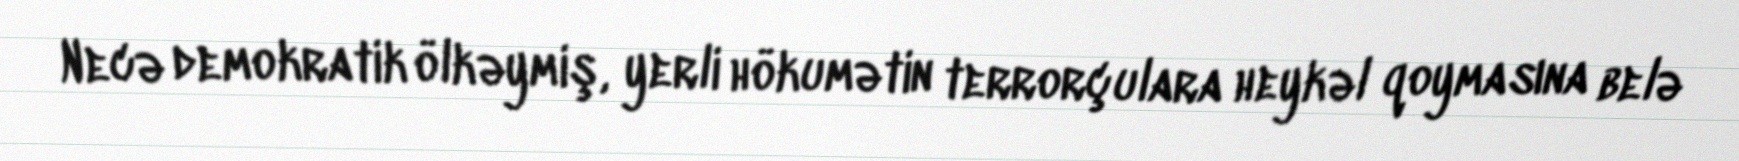
Necə demokratik ölkəymiş, yerli hökumətin terrorçulara heykəl qoymasına belə